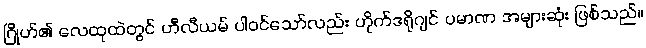
ဂြိုဟ်၏ လေထုထဲတွင် ဟီလီယမ် ပါဝင်သော်လည်း ဟိုက်ဒရိုဂျင် ပမာဏ အများဆုံး ဖြစ်သည်။